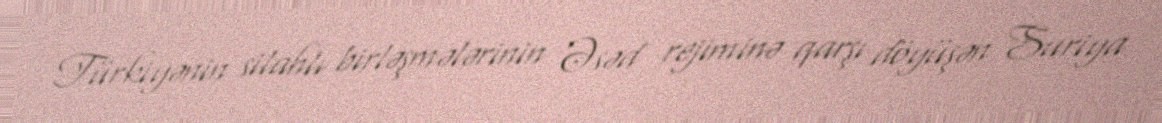
Türkiyənin silahlı birləşmələrinin Əsəd rejiminə qarşı döyüşən Suriya